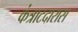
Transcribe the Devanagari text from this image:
कंत्राटदारास